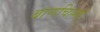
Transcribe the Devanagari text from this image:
बाणचिह्नों